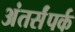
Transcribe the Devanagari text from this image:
अंतर्संपर्क